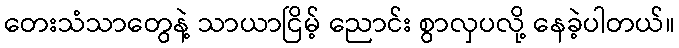
တေးသံသာတွေနဲ့ သာယာငြိမ့် ညောင်း စွာလှပလို့ နေခဲ့ပါတယ်။